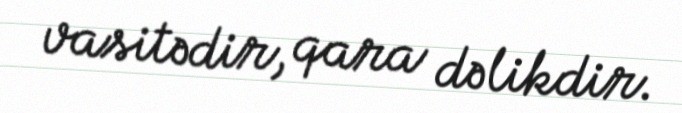
vasitədir, qara dəlikdir.